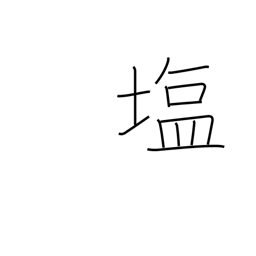
Meaning: salt